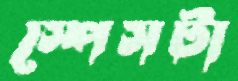
স্পেসটা